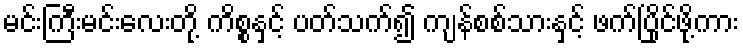
မင်းကြီးမင်းလေးတို့ ကိစ္စနှင့် ပတ်သက်၍ ကျန်စစ်သားနှင့် ဖက်ပြိုင်ဖို့ကား